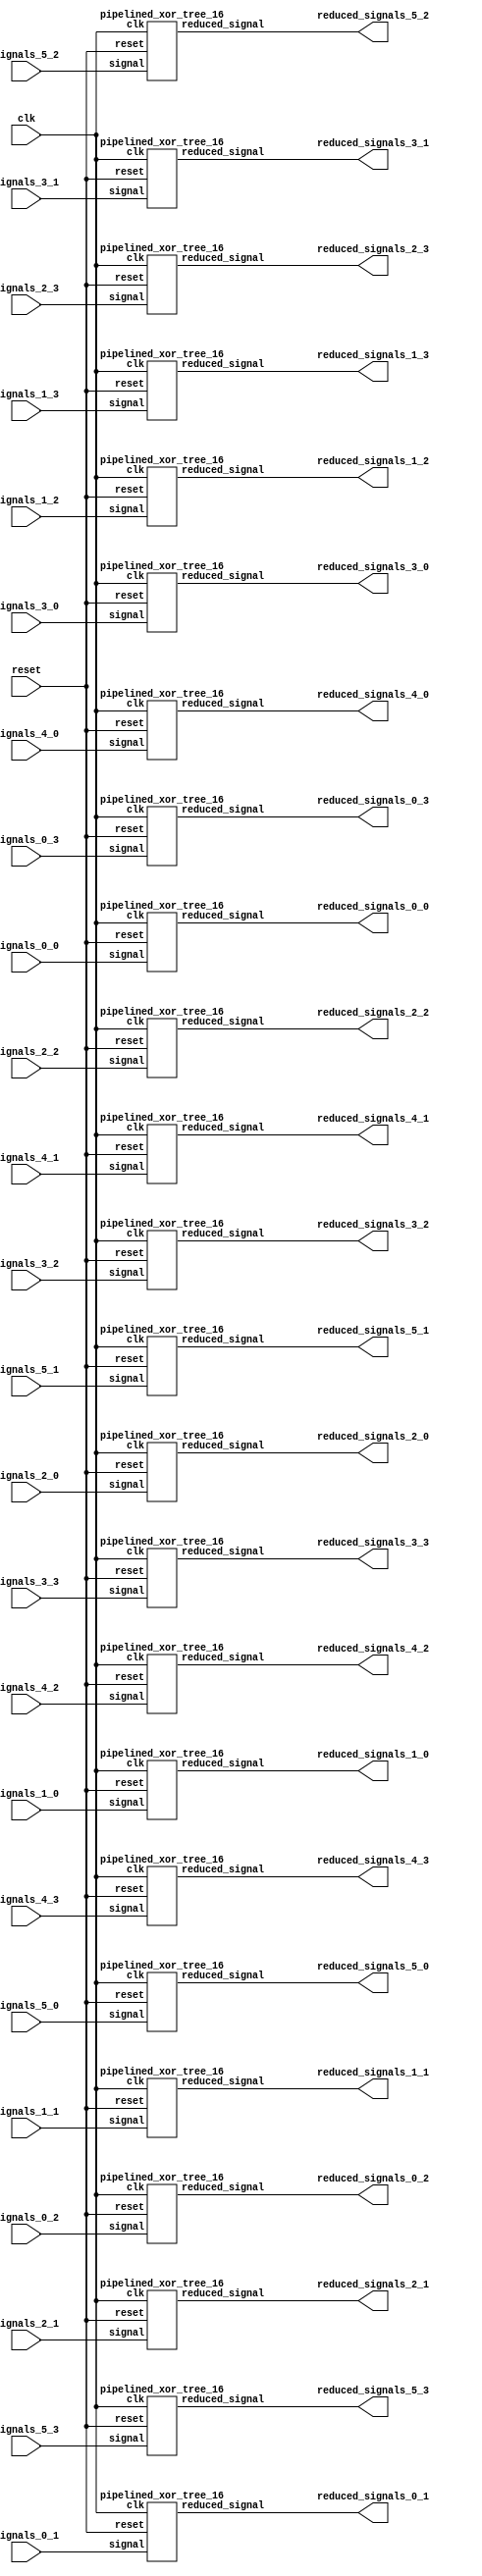
`define SIMULATION_MEMORY

module signal_width_reducer (
	input clk,
	input [15:0] signals_0_0,
	output reduced_signals_0_0,
	input [15:0] signals_0_1,
	output reduced_signals_0_1,
	input [15:0] signals_0_2,
	output reduced_signals_0_2,
	input [15:0] signals_0_3,
	output reduced_signals_0_3,
	input [15:0] signals_1_0,
	output reduced_signals_1_0,
	input [15:0] signals_1_1,
	output reduced_signals_1_1,
	input [15:0] signals_1_2,
	output reduced_signals_1_2,
	input [15:0] signals_1_3,
	output reduced_signals_1_3,
	input [15:0] signals_2_0,
	output reduced_signals_2_0,
	input [15:0] signals_2_1,
	output reduced_signals_2_1,
	input [15:0] signals_2_2,
	output reduced_signals_2_2,
	input [15:0] signals_2_3,
	output reduced_signals_2_3,
	input [15:0] signals_3_0,
	output reduced_signals_3_0,
	input [15:0] signals_3_1,
	output reduced_signals_3_1,
	input [15:0] signals_3_2,
	output reduced_signals_3_2,
	input [15:0] signals_3_3,
	output reduced_signals_3_3,
	input [15:0] signals_4_0,
	output reduced_signals_4_0,
	input [15:0] signals_4_1,
	output reduced_signals_4_1,
	input [15:0] signals_4_2,
	output reduced_signals_4_2,
	input [15:0] signals_4_3,
	output reduced_signals_4_3,
	input [15:0] signals_5_0,
	output reduced_signals_5_0,
	input [15:0] signals_5_1,
	output reduced_signals_5_1,
	input [15:0] signals_5_2,
	output reduced_signals_5_2,
	input [15:0] signals_5_3,
	output reduced_signals_5_3,
	input reset
);

pipelined_xor_tree_16 pipelined_xor_tree_16_inst_0_0 (
	.clk(clk),
	.reset(reset),
	.signal(signals_0_0),
	.reduced_signal(reduced_signals_0_0)
);

pipelined_xor_tree_16 pipelined_xor_tree_16_inst_0_1 (
	.clk(clk),
	.reset(reset),
	.signal(signals_0_1),
	.reduced_signal(reduced_signals_0_1)
);

pipelined_xor_tree_16 pipelined_xor_tree_16_inst_0_2 (
	.clk(clk),
	.reset(reset),
	.signal(signals_0_2),
	.reduced_signal(reduced_signals_0_2)
);

pipelined_xor_tree_16 pipelined_xor_tree_16_inst_0_3 (
	.clk(clk),
	.reset(reset),
	.signal(signals_0_3),
	.reduced_signal(reduced_signals_0_3)
);

pipelined_xor_tree_16 pipelined_xor_tree_16_inst_1_0 (
	.clk(clk),
	.reset(reset),
	.signal(signals_1_0),
	.reduced_signal(reduced_signals_1_0)
);

pipelined_xor_tree_16 pipelined_xor_tree_16_inst_1_1 (
	.clk(clk),
	.reset(reset),
	.signal(signals_1_1),
	.reduced_signal(reduced_signals_1_1)
);

pipelined_xor_tree_16 pipelined_xor_tree_16_inst_1_2 (
	.clk(clk),
	.reset(reset),
	.signal(signals_1_2),
	.reduced_signal(reduced_signals_1_2)
);

pipelined_xor_tree_16 pipelined_xor_tree_16_inst_1_3 (
	.clk(clk),
	.reset(reset),
	.signal(signals_1_3),
	.reduced_signal(reduced_signals_1_3)
);

pipelined_xor_tree_16 pipelined_xor_tree_16_inst_2_0 (
	.clk(clk),
	.reset(reset),
	.signal(signals_2_0),
	.reduced_signal(reduced_signals_2_0)
);

pipelined_xor_tree_16 pipelined_xor_tree_16_inst_2_1 (
	.clk(clk),
	.reset(reset),
	.signal(signals_2_1),
	.reduced_signal(reduced_signals_2_1)
);

pipelined_xor_tree_16 pipelined_xor_tree_16_inst_2_2 (
	.clk(clk),
	.reset(reset),
	.signal(signals_2_2),
	.reduced_signal(reduced_signals_2_2)
);

pipelined_xor_tree_16 pipelined_xor_tree_16_inst_2_3 (
	.clk(clk),
	.reset(reset),
	.signal(signals_2_3),
	.reduced_signal(reduced_signals_2_3)
);

pipelined_xor_tree_16 pipelined_xor_tree_16_inst_3_0 (
	.clk(clk),
	.reset(reset),
	.signal(signals_3_0),
	.reduced_signal(reduced_signals_3_0)
);

pipelined_xor_tree_16 pipelined_xor_tree_16_inst_3_1 (
	.clk(clk),
	.reset(reset),
	.signal(signals_3_1),
	.reduced_signal(reduced_signals_3_1)
);

pipelined_xor_tree_16 pipelined_xor_tree_16_inst_3_2 (
	.clk(clk),
	.reset(reset),
	.signal(signals_3_2),
	.reduced_signal(reduced_signals_3_2)
);

pipelined_xor_tree_16 pipelined_xor_tree_16_inst_3_3 (
	.clk(clk),
	.reset(reset),
	.signal(signals_3_3),
	.reduced_signal(reduced_signals_3_3)
);

pipelined_xor_tree_16 pipelined_xor_tree_16_inst_4_0 (
	.clk(clk),
	.reset(reset),
	.signal(signals_4_0),
	.reduced_signal(reduced_signals_4_0)
);

pipelined_xor_tree_16 pipelined_xor_tree_16_inst_4_1 (
	.clk(clk),
	.reset(reset),
	.signal(signals_4_1),
	.reduced_signal(reduced_signals_4_1)
);

pipelined_xor_tree_16 pipelined_xor_tree_16_inst_4_2 (
	.clk(clk),
	.reset(reset),
	.signal(signals_4_2),
	.reduced_signal(reduced_signals_4_2)
);

pipelined_xor_tree_16 pipelined_xor_tree_16_inst_4_3 (
	.clk(clk),
	.reset(reset),
	.signal(signals_4_3),
	.reduced_signal(reduced_signals_4_3)
);

pipelined_xor_tree_16 pipelined_xor_tree_16_inst_5_0 (
	.clk(clk),
	.reset(reset),
	.signal(signals_5_0),
	.reduced_signal(reduced_signals_5_0)
);

pipelined_xor_tree_16 pipelined_xor_tree_16_inst_5_1 (
	.clk(clk),
	.reset(reset),
	.signal(signals_5_1),
	.reduced_signal(reduced_signals_5_1)
);

pipelined_xor_tree_16 pipelined_xor_tree_16_inst_5_2 (
	.clk(clk),
	.reset(reset),
	.signal(signals_5_2),
	.reduced_signal(reduced_signals_5_2)
);

pipelined_xor_tree_16 pipelined_xor_tree_16_inst_5_3 (
	.clk(clk),
	.reset(reset),
	.signal(signals_5_3),
	.reduced_signal(reduced_signals_5_3)
);

endmodule
module pipelined_xor_tree_16 (
	input clk,
	input reset,
	input [15:0] signal,
	output reduced_signal
);

reg pipeline_0_0;
reg pipeline_0_1;
reg pipeline_0_2;
reg pipeline_1_0;
reg pipeline_1_1;
reg pipeline_1_2;
reg pipeline_2_0;
reg pipeline_2_1;
reg pipeline_2_2;
reg pipeline_3_0;
reg pipeline_3_1;
reg pipeline_3_2;
reg pipeline_4_0;
reg pipeline_4_1;
reg pipeline_4_2;
reg pipeline_5_0;
reg pipeline_5_1;
reg pipeline_5_2;
reg pipeline_6_0;
reg pipeline_6_1;
reg pipeline_6_2;
reg pipeline_7_0;
reg pipeline_7_1;
reg pipeline_7_2;
reg pipeline_8_0;
reg pipeline_8_1;
reg pipeline_8_2;
reg pipeline_9_0;
reg pipeline_9_1;
reg pipeline_9_2;
reg pipeline_10_0;
reg pipeline_10_1;
reg pipeline_10_2;
reg pipeline_11_0;
reg pipeline_11_1;
reg pipeline_11_2;
reg pipeline_12_0;
reg pipeline_12_1;
reg pipeline_12_2;
reg pipeline_13_0;
reg pipeline_13_1;
reg pipeline_13_2;
reg pipeline_14_0;
reg pipeline_14_1;
reg pipeline_14_2;
reg pipeline_15_0;
reg pipeline_15_1;
reg pipeline_15_2;

always @ (posedge clk) begin
	if (reset) begin
		pipeline_0_0 <= 0;
		pipeline_0_1 <= 0;
		pipeline_0_2 <= 0;
		pipeline_1_0 <= 0;
		pipeline_1_1 <= 0;
		pipeline_1_2 <= 0;
		pipeline_2_0 <= 0;
		pipeline_2_1 <= 0;
		pipeline_2_2 <= 0;
		pipeline_3_0 <= 0;
		pipeline_3_1 <= 0;
		pipeline_3_2 <= 0;
		pipeline_4_0 <= 0;
		pipeline_4_1 <= 0;
		pipeline_4_2 <= 0;
		pipeline_5_0 <= 0;
		pipeline_5_1 <= 0;
		pipeline_5_2 <= 0;
		pipeline_6_0 <= 0;
		pipeline_6_1 <= 0;
		pipeline_6_2 <= 0;
		pipeline_7_0 <= 0;
		pipeline_7_1 <= 0;
		pipeline_7_2 <= 0;
		pipeline_8_0 <= 0;
		pipeline_8_1 <= 0;
		pipeline_8_2 <= 0;
		pipeline_9_0 <= 0;
		pipeline_9_1 <= 0;
		pipeline_9_2 <= 0;
		pipeline_10_0 <= 0;
		pipeline_10_1 <= 0;
		pipeline_10_2 <= 0;
		pipeline_11_0 <= 0;
		pipeline_11_1 <= 0;
		pipeline_11_2 <= 0;
		pipeline_12_0 <= 0;
		pipeline_12_1 <= 0;
		pipeline_12_2 <= 0;
		pipeline_13_0 <= 0;
		pipeline_13_1 <= 0;
		pipeline_13_2 <= 0;
		pipeline_14_0 <= 0;
		pipeline_14_1 <= 0;
		pipeline_14_2 <= 0;
		pipeline_15_0 <= 0;
		pipeline_15_1 <= 0;
		pipeline_15_2 <= 0;
	end else begin
		pipeline_0_0 <= signal[15];
		pipeline_1_0 <= signal[14];
		pipeline_2_0 <= signal[13];
		pipeline_3_0 <= signal[12];
		pipeline_4_0 <= signal[11];
		pipeline_5_0 <= signal[10];
		pipeline_6_0 <= signal[9];
		pipeline_7_0 <= signal[8];
		pipeline_8_0 <= signal[7];
		pipeline_9_0 <= signal[6];
		pipeline_10_0 <= signal[5];
		pipeline_11_0 <= signal[4];
		pipeline_12_0 <= signal[3];
		pipeline_13_0 <= signal[2];
		pipeline_14_0 <= signal[1];
		pipeline_15_0 <= signal[0];
		pipeline_0_1 <= pipeline_0_0 ^ pipeline_1_0^ pipeline_2_0 ^ pipeline_3_0;
		pipeline_4_1 <= pipeline_4_0 ^ pipeline_5_0^ pipeline_6_0 ^ pipeline_7_0;
		pipeline_8_1 <= pipeline_8_0 ^ pipeline_9_0^ pipeline_10_0 ^ pipeline_11_0;
		pipeline_12_1 <= pipeline_12_0 ^ pipeline_13_0^ pipeline_14_0 ^ pipeline_15_0;
		pipeline_0_2 <= pipeline_0_1 ^ pipeline_4_1^ pipeline_8_1 ^ pipeline_12_1;
	end
end

assign reduced_signal = pipeline_0_2;

endmodule